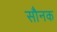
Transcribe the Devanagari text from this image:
सौनक